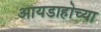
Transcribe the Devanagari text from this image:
आयडाहोच्या